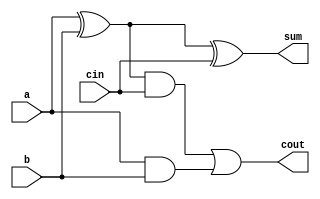
module fullAdder (
  input a, b, cin,
  output cout, sum
);
  assign sum = (a ^ b) ^ cin;
  assign cout = ((a ^ b) & cin) | (a & b);
endmodule

module top_module (
  input [3:0] x,
  input [3:0] y,
  output [4:0] sum
);

  wire [2:0] cout;
  fullAdder fa0(x[0], y[0], 1'b0, cout[0], sum[0]);

  genvar i;
  generate
    for (i = 1; i < 3; i = i + 1) begin : fullAdder
      fullAdder fa(x[i], y[i], cout[i-1], cout[i], sum[i]);
    end
  endgenerate

  fullAdder fa1(x[3], y[3], cout[2], sum[4], sum[3]);

endmodule